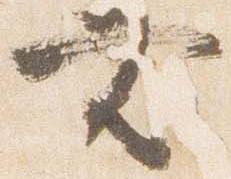
無